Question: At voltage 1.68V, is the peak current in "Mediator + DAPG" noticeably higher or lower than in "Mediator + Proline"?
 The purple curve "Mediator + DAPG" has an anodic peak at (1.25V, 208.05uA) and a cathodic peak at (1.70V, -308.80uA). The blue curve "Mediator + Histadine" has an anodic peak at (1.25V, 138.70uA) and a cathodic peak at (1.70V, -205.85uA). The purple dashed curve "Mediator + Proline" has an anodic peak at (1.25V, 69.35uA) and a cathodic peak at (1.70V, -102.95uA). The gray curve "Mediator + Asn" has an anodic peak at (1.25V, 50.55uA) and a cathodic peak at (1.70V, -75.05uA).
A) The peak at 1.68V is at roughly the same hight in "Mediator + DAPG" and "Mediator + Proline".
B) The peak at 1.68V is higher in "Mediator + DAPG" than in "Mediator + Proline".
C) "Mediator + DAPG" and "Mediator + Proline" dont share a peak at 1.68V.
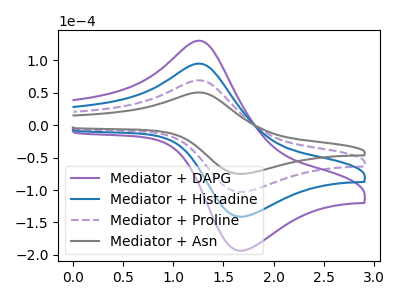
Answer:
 <answer>B) The peak at 1.68V is higher in "Mediator + DAPG" than in "Mediator + Proline".</answer>
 <eval>B</eval>